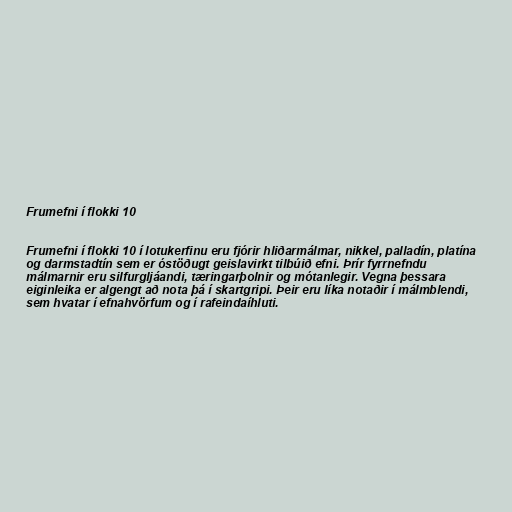
Frumefni í flokki 10

Frumefni í flokki 10 í lotukerfinu eru fjórir hliðarmálmar, nikkel, palladín, platína
og darmstadtín sem er óstöðugt geislavirkt tilbúið efni. Þrír fyrrnefndu
málmarnir eru silfurgljáandi, tæringarþolnir og mótanlegir. Vegna þessara
eiginleika er algengt að nota þá í skartgripi. Þeir eru líka notaðir í málmblendi,
sem hvatar í efnahvörfum og í rafeindaíhluti.